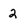
Character: 2